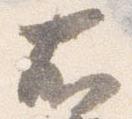
右